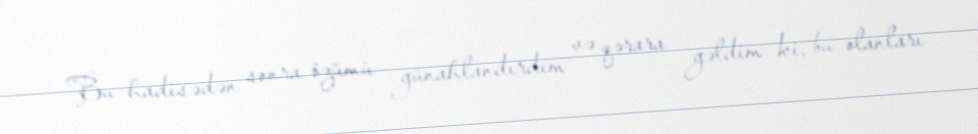
Bu hadisədən sonra özümü günahlandırdım və qərara gəldim ki, bu olanları